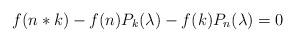
LaTeX: \begin{align*}f(n*k)-f(n) P_k(\lambda)-f(k) P_n(\lambda)=0\end{align*}